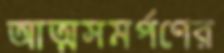
আত্মসমর্পণের